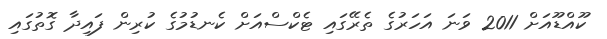
ކޫއްޑޫއަށް 2011 ވަނަ އަހަރުގެ ތެރޭގައި ޓެކްސްއަށް ކެނޑުމުގެ ކުރިން ފައިދާ ގޮތުގައި